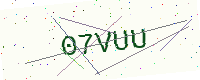
Text: 07VUU